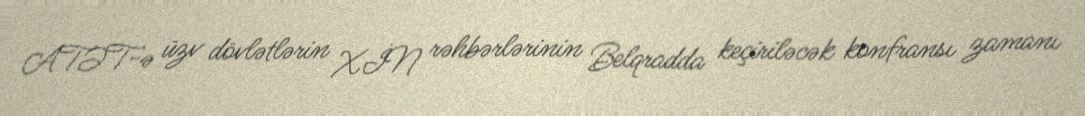
ATƏT-ə üzv dövlətlərin XİN rəhbərlərinin Belqradda keçiriləcək konfransı zamanı